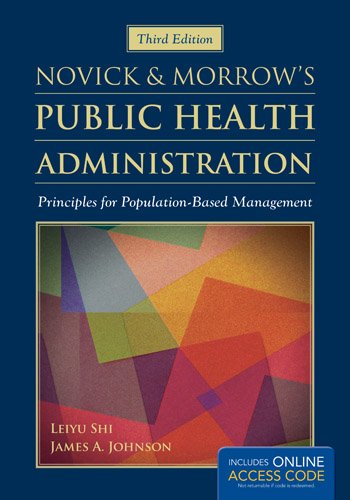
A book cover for Novick  &  Morrow's Public Health Administration: Principles for Population-Based Management; Leiyu Shi; Medical Books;